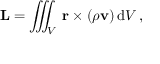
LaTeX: \mathbf { L } = \iiint _ { V } \, \mathbf { r } \times ( \rho \mathbf { v } ) \, \mathrm { { d } } V \, ,